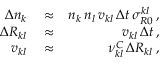
\begin{array} { r l r } { \Delta n _ { k } } & { { } \approx } & { n _ { k } \, n _ { l } \, v _ { k l } \, \Delta t \, \sigma _ { R 0 } ^ { k l } \, , } \\ { \Delta R _ { k l } } & { { } \approx } & { v _ { k l } \, \Delta t \, , } \\ { v _ { k l } } & { { } \approx } & { \nu _ { k l } ^ { C } \, \Delta R _ { k l } \, , } \end{array}